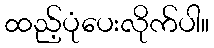
ထည့်ပုံပေးလိုက်ပါ။